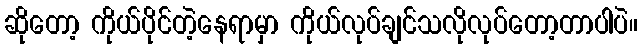
ဆိုတော့ ကိုယ်ပိုင်တဲ့နေရာမှာ ကိုယ်လုပ်ချင်သလိုလုပ်တော့တာပါပဲ။